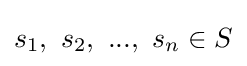
s_{1},~s_{2},~...,~s_{n}\in S